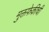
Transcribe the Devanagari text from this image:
मुक्तफेकीची